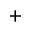
_ +